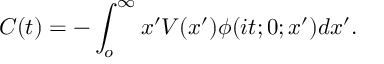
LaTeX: C ( t ) = - \int _ { o } ^ { \infty } x ^ { \prime } V ( x ^ { \prime } ) \phi ( i t ; 0 ; x ^ { \prime } ) d x ^ { \prime } .